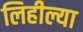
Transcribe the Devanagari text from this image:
लिहील्या